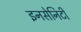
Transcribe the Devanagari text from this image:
इनसेनिटी